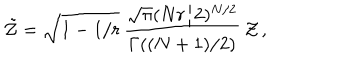
LaTeX: \tilde { \cal Z } = \sqrt { 1 - 1 / r } \, { \frac { \sqrt { \pi } ( N r / 2 ) ^ { N / 2 } } { \Gamma ( ( N + 1 ) / 2 ) } } \, { \cal Z } \, ,